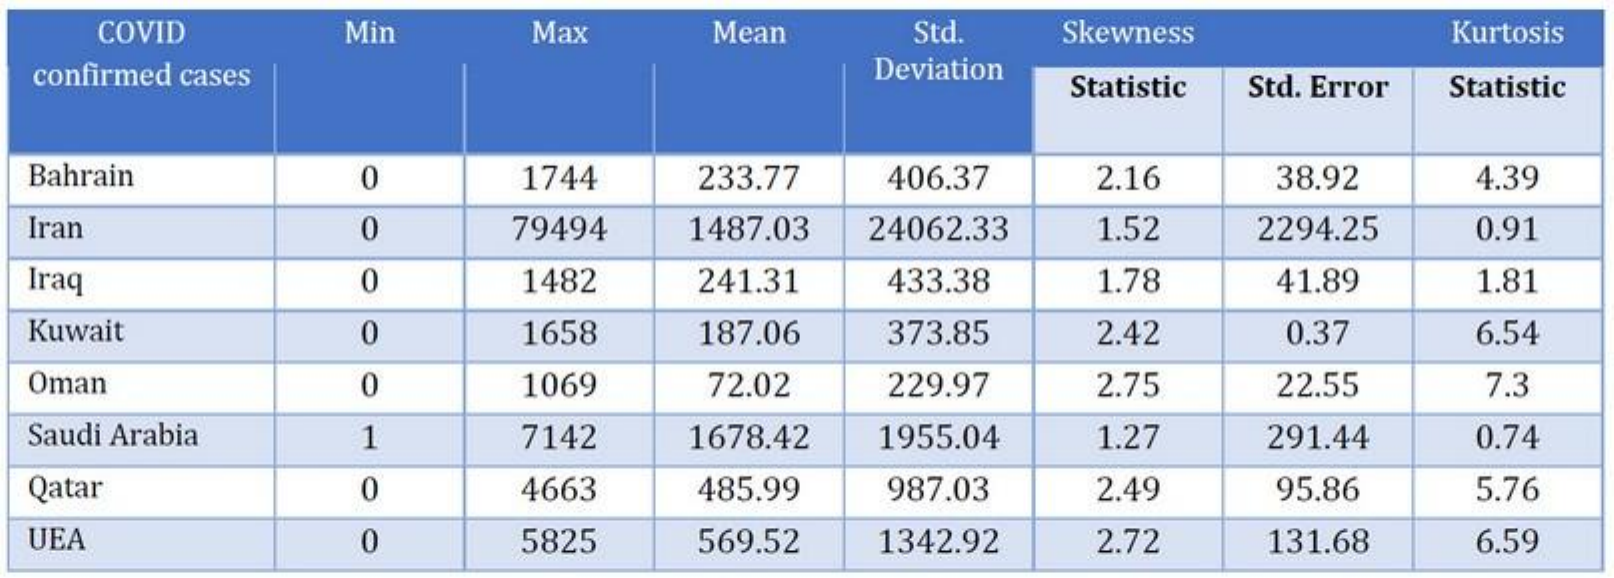
COVID  Min   Max  Mean  Std. Skewness   Kurtosis
  confirmed cases    Deviation
     Statistic Std. Error Statistic
  Bahrain  0    1744 233.77 406.37 2.16 38.92 4.39
  Iran    0   79494 1487.03 24062.33 1.52 2294.25 0.91
  Iraq    0    1482 241.31 433.38 1.78 41.89 1.81
  Kuwait   0    1658 187.06 373.85 2.42 0.37 6.54
  Oman    0    1069 72.02 229.97 2.75 22.55 7.3
  Saudi Arabia 1 7142 1678.42 1955.04 1.27 291.44 0.74
  Qatar    0    4663 485.99 987.03 2.49 95.86 5.76
  UEA    0    5825 569.52 1342.92 2.72 131.68 6.59